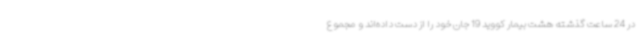
در 24 ساعت گذشته هشت بیمار کووید 19 جان خود را از دست داده‌اند و مجموع